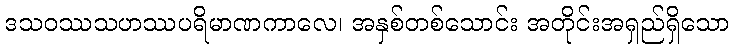
ဒသဝဿသဟဿပရိမာဏကာလေ၊ အနှစ်တစ်သောင်း အတိုင်းအရှည်ရှိသော